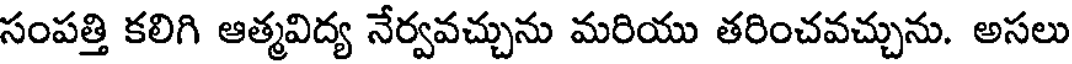
సంపత్తి కలిగి ఆత్మవిద్య నేర్వవచ్చును మరియు తరించవచ్చును. అసలు